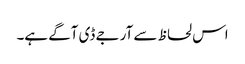
اس لحاظ سے آر جے ڈی آگے ہے۔